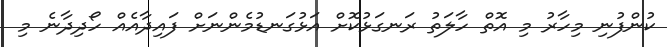
ކުންފުނި މިހާރު މި އޮތް ހާލަތު ރަނގަޅުކޮށް އަޅުގަނޑުމެންނަށް ފައިދާއެއް ހޯދިދާނެ މި